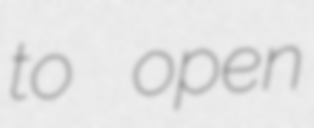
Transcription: to open